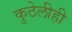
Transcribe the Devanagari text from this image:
कुठेलीही